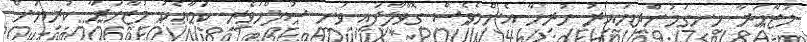
މުޒާހަރާ ހިނގަމުންދިޔައިރު ހުރިހާ އެންމެވެސް ގޮވާލާފައި ވަނީ ސުލްހަވެރި ކަމާއެކު މުޒާހަރާ ކުރިޔަށް